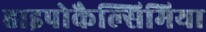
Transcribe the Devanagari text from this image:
हाइपोकैल्सिमिया